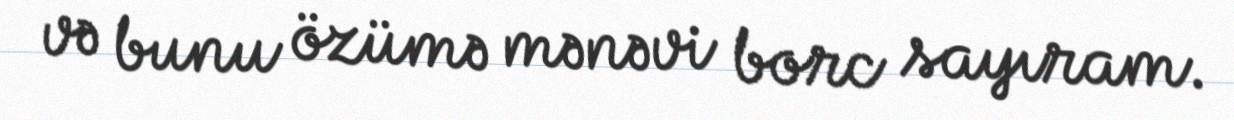
və bunu özümə mənəvi borc sayıram.